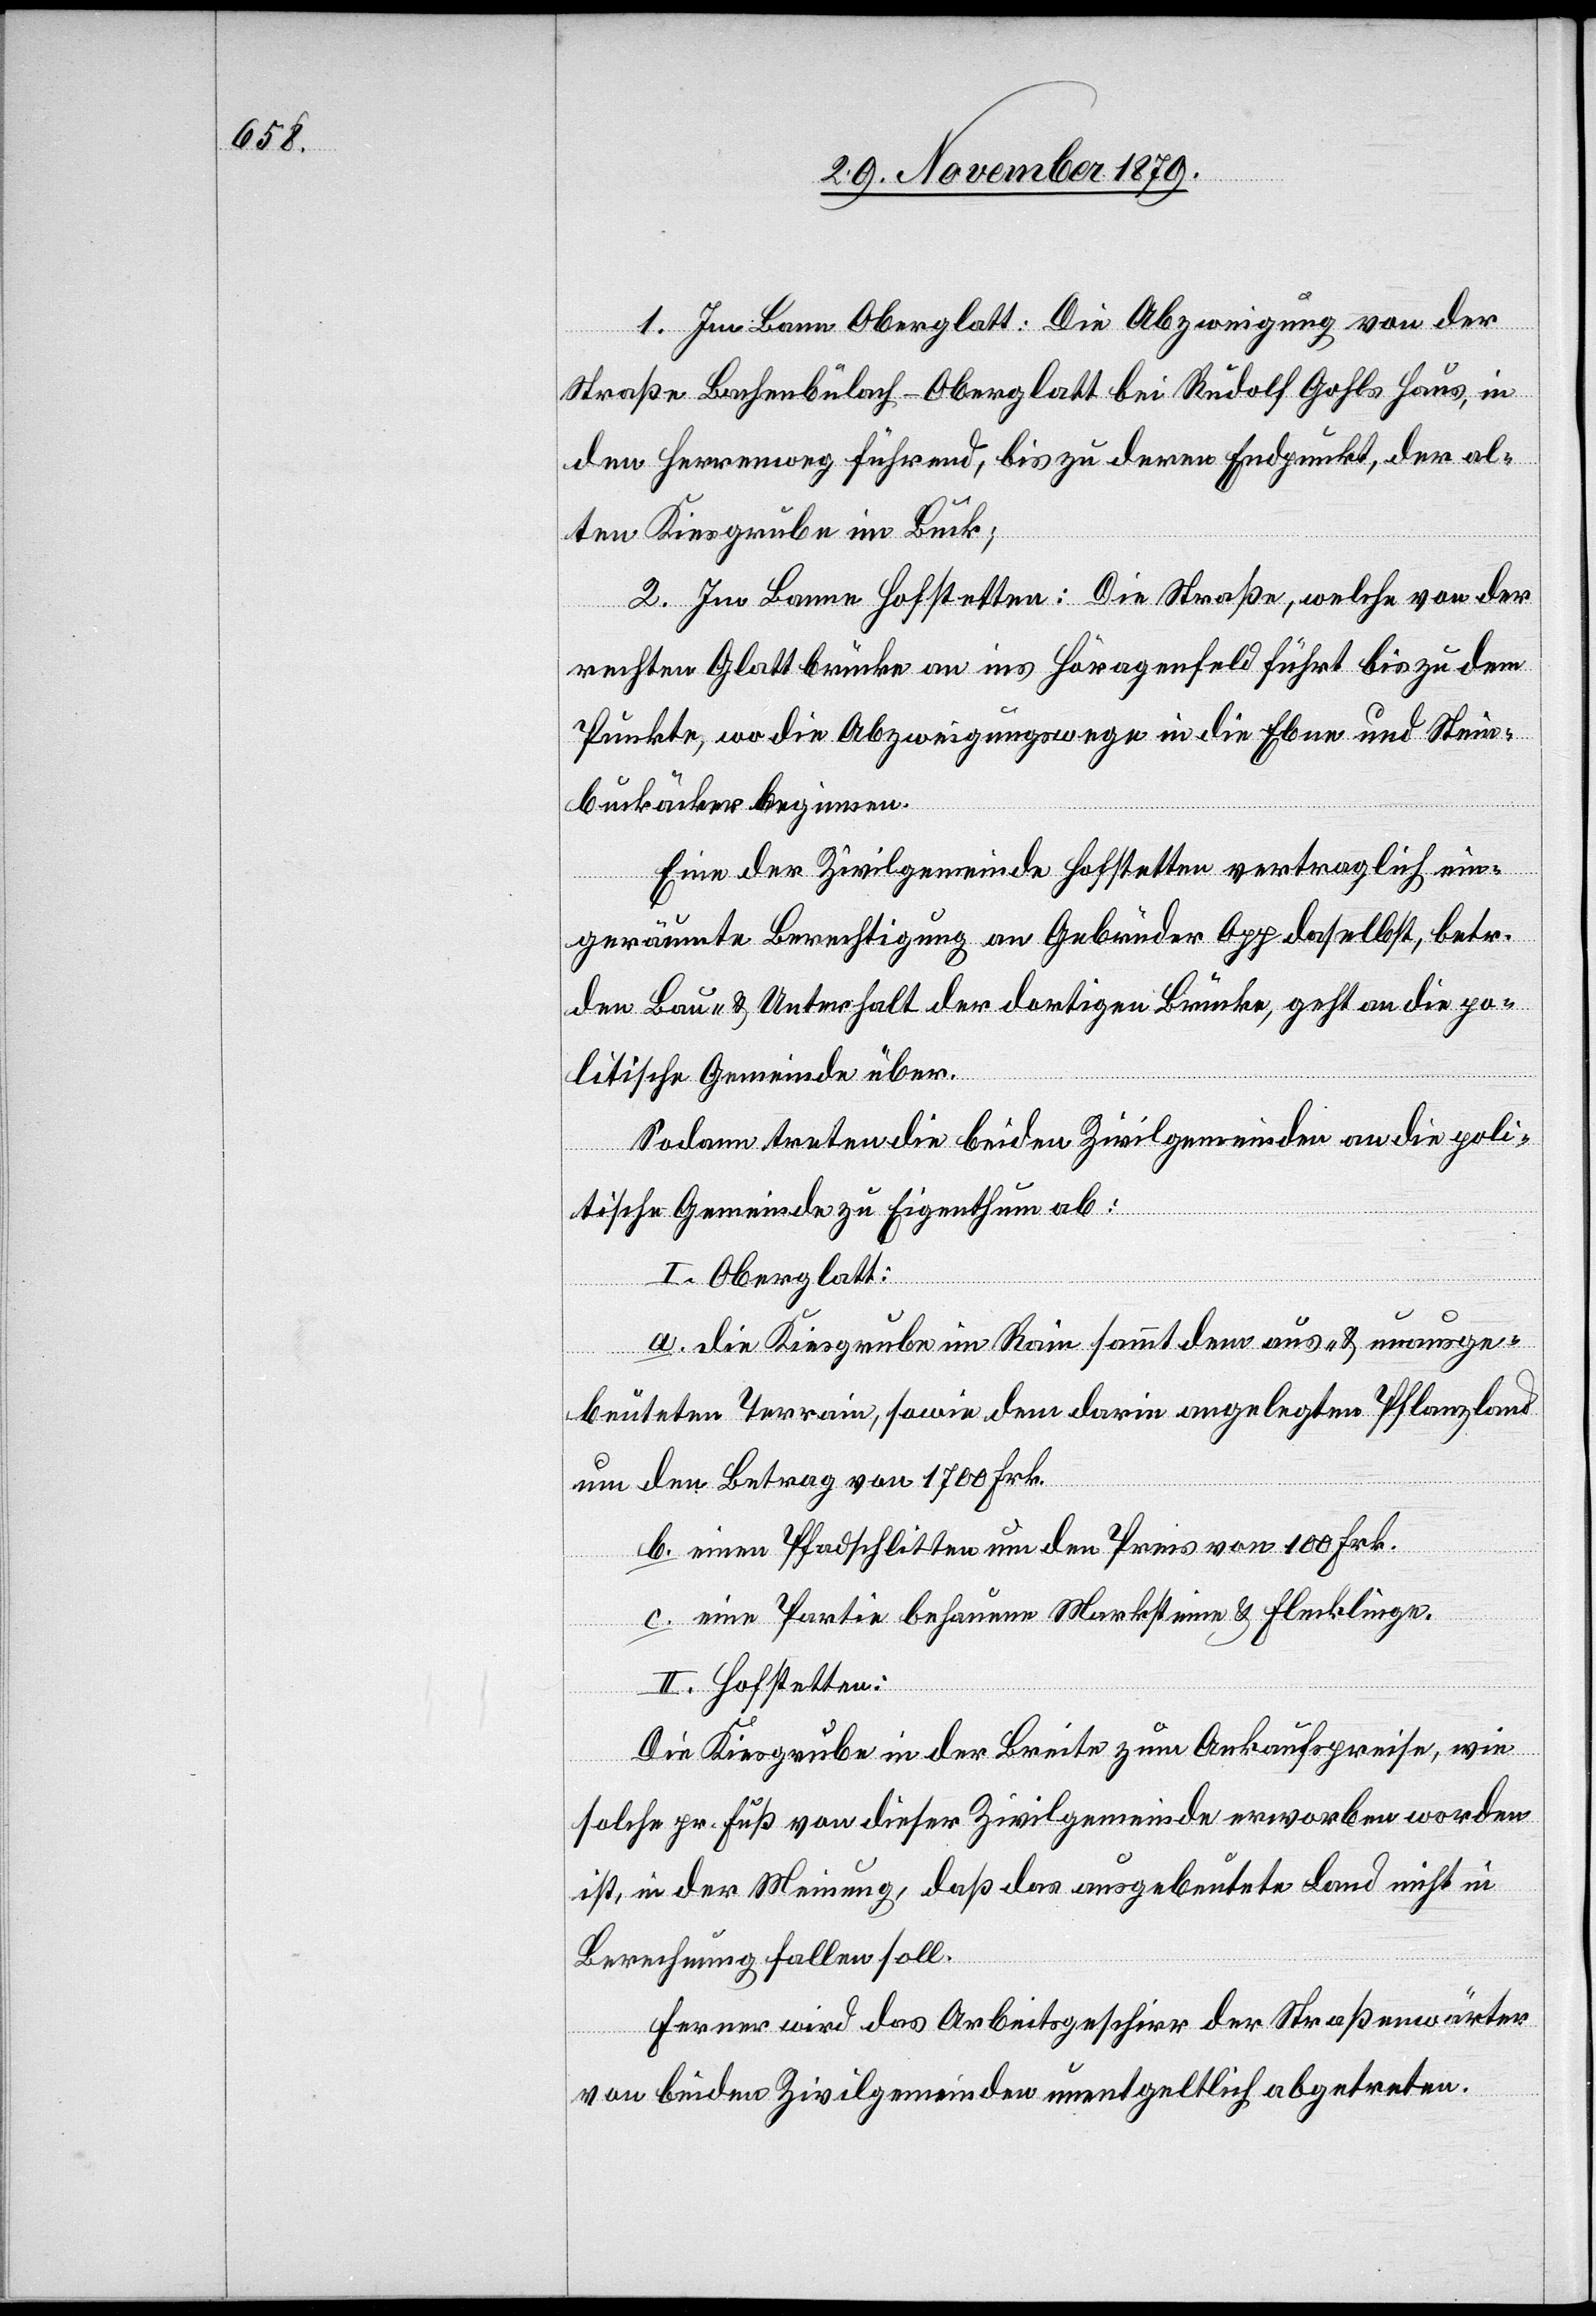
1. Im Bann Oberglatt: Die Abzweigung von der
Straße Bachenbülach–Oberglatt bei Rudolf Gohls Haus, in
den Herrenweg führend, bis zu deren Endpunkt, der al¬
ten Kiesgrube im Buck;
2. Im Banne Hofstetten: Die Straße, welche von der
rechten Glattbrücke an ins Häragenfeld führt bis zu dem
Punkte, wo die Abzweigungswege in die Eben[-] und Stein¬
buckäcker beginnen.
Eine der Zivilgemeinde Hofstetten vertraglich ein¬
geräumte Berechtigung an Gebrüder Opp daselbst, betr.
den Bau & Unterhalt der dortigen Brücke, geht an die po¬
litische Gemeinde über.
Sodann treten die beiden Zivilgemeinden an die poli¬
tische Gemeinde zu Eigenthum ab:
I. Oberglatt:
a. die Kiesgrube im Rain sammt dem aus- & unausge¬
beuteten Terrain, sowie dem darin angelegten Pflanzland
um den Betrag von 1700 Frk.
b. einen Pfadschlitten um den Preis von 100 Frk.
c. eine Partie behauene Marksteine & Flecklinge.
II. Hofstetten:
Die Kiesgrube in der Breite zum Ankaufspreise, wie
solche pr. Fuß von dieser Zivilgemeinde erworben worden
ist, in der Meinung, daß das ausgebeutete Land nicht in
Berechnung fallen soll.
Ferner wird das Arbeitsgeschirr der Straßenwärter
von beiden Zivilgemeinden unentgeltlich abgetreten.